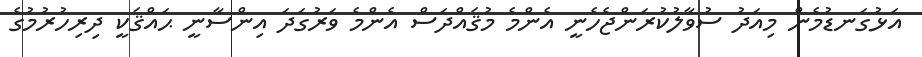
އަޅުގަނޑުމެން މިއަދު ސުވާލުކުރަންޖެހެނީ އެންމެ މުޤައްދަސް އެންމެ ވަރުގަދަ އިންސާނީ ޙައްޤަކީ ދިރިހުރުމުގެ